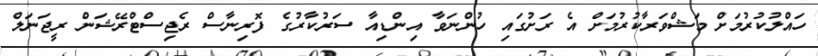
ހައްލުކުރުމަށް މަޝްވަރާކުރުމަށް އެ ރަށުގައި ހުންނަވާ އިންޑިއާ ސަރުކާރުގެ ފޮރިނާސް ރެޖިސްޓްރޭޝަން ރީޖަނަލް